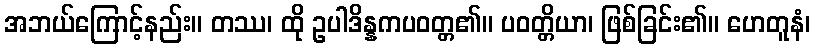
အဘယ်ကြောင့်နည်း။ တဿ၊ ထို ဥပါဒိန္နကပဝတ္တ၏။ ပဝတ္တိယာ၊ ဖြစ်ခြင်း၏။ ဟေတူနံ၊